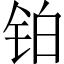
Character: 铂